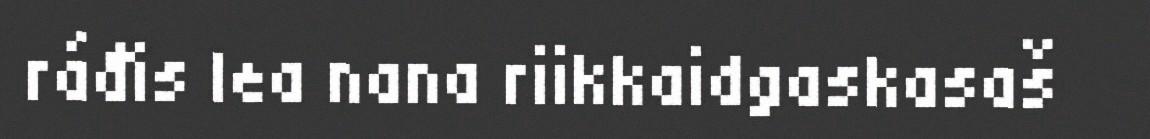
ráđis lea nana riikkaidgaskasaš